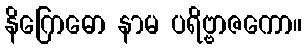
နိဂြောဓော နာမ ပရိဗ္ဗာဇကော။